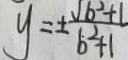
y = \pm \frac { \sqrt { b ^ { 2 } + 1 } } { b ^ { 2 } + 1 }